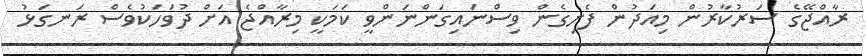
ރާއްޖޭގެ ސަރުކާރުން މިއަދުން ފެށިގެން ވިސްނައިގަންނަންވީ ކަމަކީ މިރާއްޖެ އަށް ދުވަހަކުވެސް ރަނގަޅު